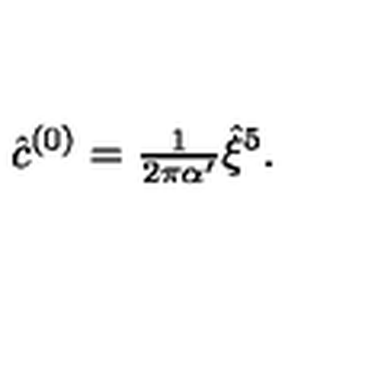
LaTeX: { \hat { c } } ^ { ( 0 ) } = { \textstyle \frac { 1 } { 2 \pi \alpha ^ { \prime } } } \hat { \xi } ^ { 5 } .